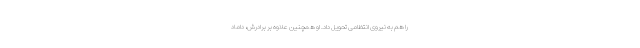
را هم به نیروی انتظامی تحویل داد. او همچنین علاوه بر برادرش، داماد